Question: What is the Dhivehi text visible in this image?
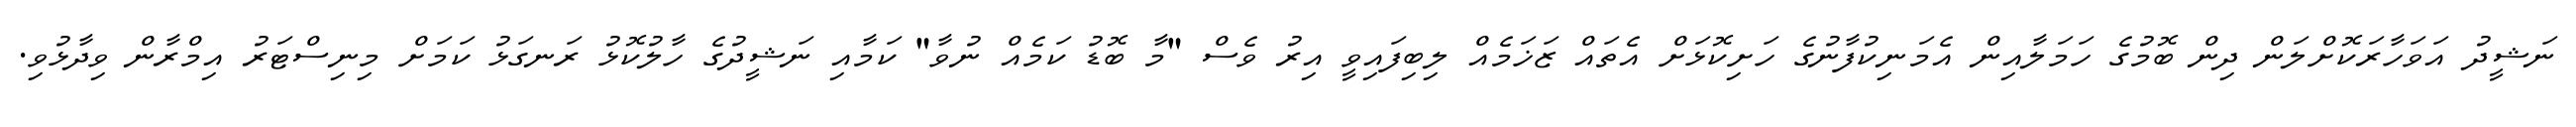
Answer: ނަޝީދު އަވަހާރަކޮށްލަން ދިން ބޮމުގެ ހަމަލާއިން އެމަނިކުފާނުގެ ހަށިކޮޅަށް އެތައް ޒަޚަމެއް ލިބިފައިވީ އިރު ވެސް "މާ ބޮޑު ކަމެއް ނުވާ" ކަމާއި ނަޝީދުގެ ހާލުކޮޅު ރަނގަޅު ކަމަށް މިނިސްޓަރު އިމްރާން ވިދާޅުވި.